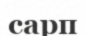
сарп